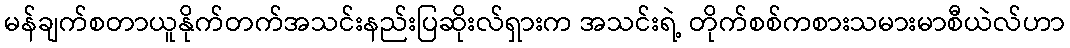
မန်ချက်စတာယူနိုက်တက်အသင်းနည်းပြဆိုးလ်ရှားက အသင်းရဲ့ တိုက်စစ်ကစားသမားမာစီယဲလ်ဟာ